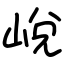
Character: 㟋